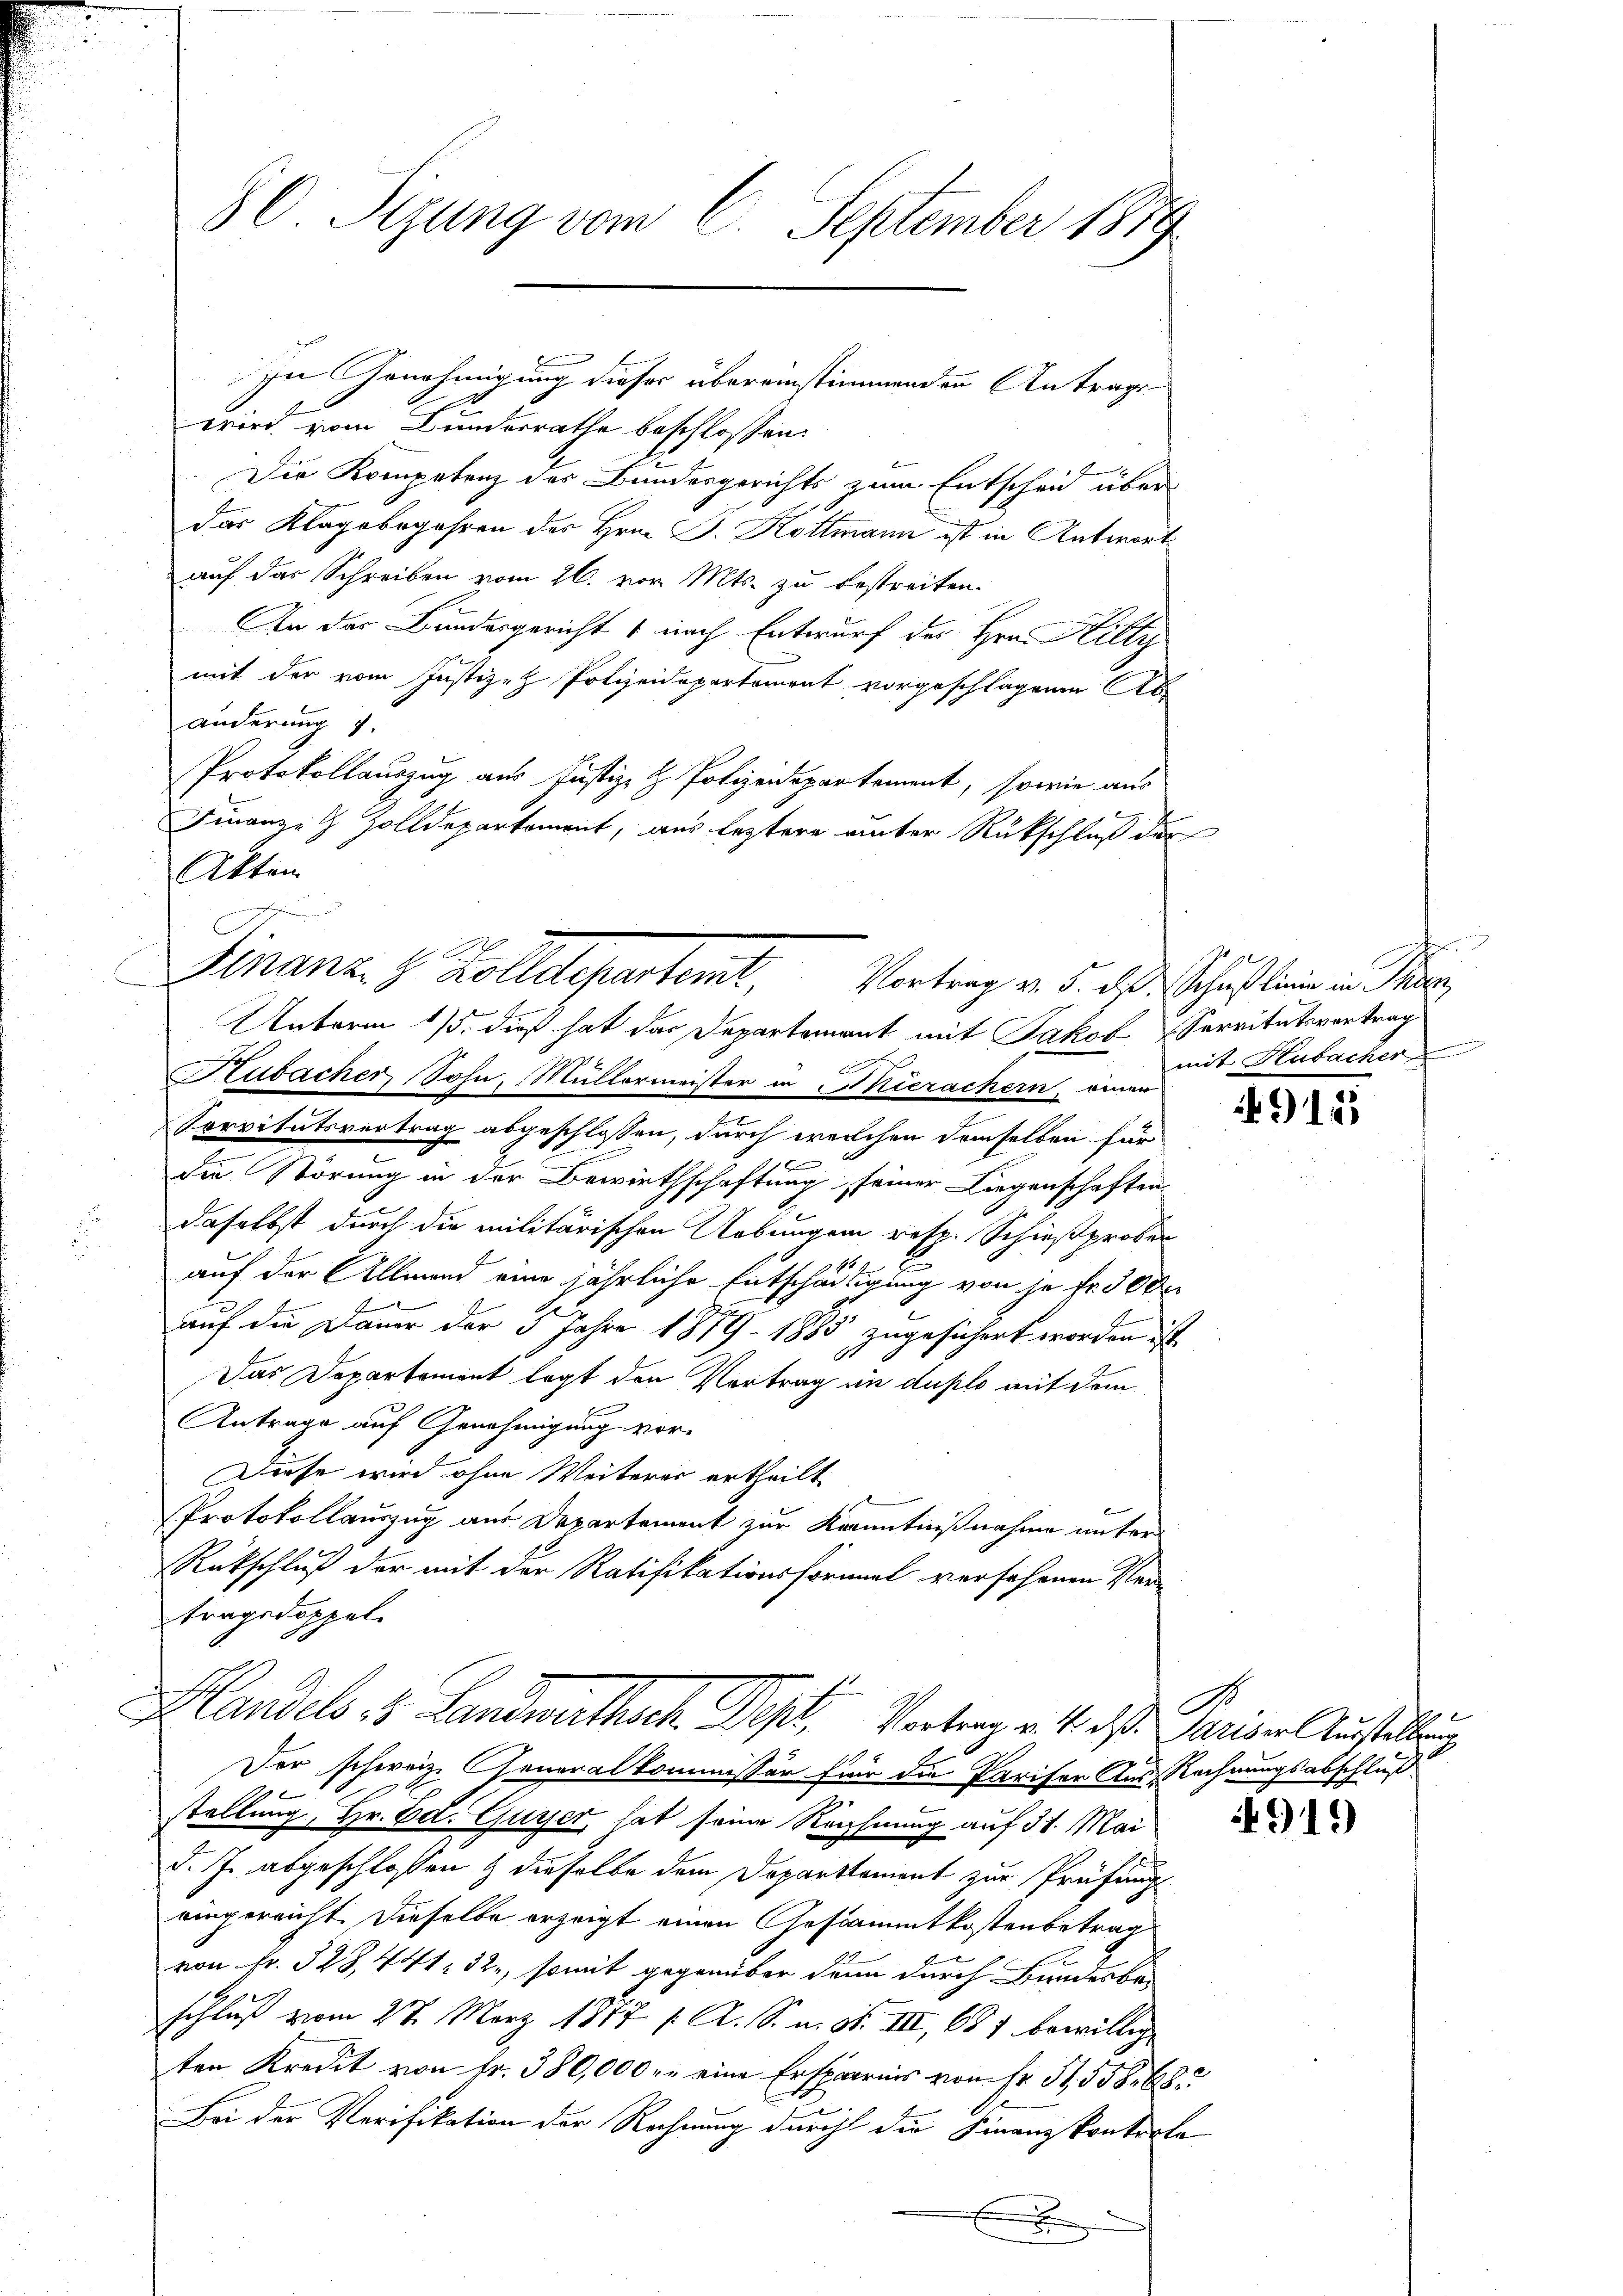
80. Sizung vom 6. September 1879

wird vom Bunderrathe beschlossen:
2
Die Kompetenz des Bundesgerichts zum Entscheid über
das Klagebogahren des Hrn. J. Kottmann ist in Antwort
auf das Schreiben vom 26. von Mts. zu bestreiten.
An der Bundesgericht 1 nach Entwurf des Hrn. Hilty
mit der vom Justiz- & Polizeidepartement vorgeschlagenen Ab
änderung 7.
Protokollauszug aus Justiz- & Polizeidepartement, sowie aus
Finanze Zolldepartement, aus leztere unter Rückschluß der
Akten
a
Rubacher Sohn, Müllermeister in hierachern, einer
Servitätsvortrag abgeschlossen, durch welchen demselben für
die Störung in der Bewirthschaftung seiner Liegenschaften.
daselbst durch die militärischen Uebungen resp. Schießprober
auf der Allmend eine jährliche Entschädigung von je fr. 300
auf die Dauer der 5 Jahre 1879 - 1885 zugesichert worden ist.
Das Departement legt den Vertrag im duplo mit dem
Antrage auf Genehmigung vor-
Diese wird ohne Weiteres ertheilt.
Protokollauszug aus Departement zur Kenntnißnahme unter¬
Rückschluß der mit der Ratifikationsformal versehenen Ver
tragsdoppel.
Handels 8. Landwirthsch. Des Vertrag v. 4. ds. Pariser zustellung
Der schweiz. Generalkommissär für die Pariser Aus-Rechnungsabschluß
stellung, Hr. Ed. Gusser hat seine Reichnung auf 31. Mai
d. J. abgeschlossen & dieselbe dem Departement zur Prüfung
eingereicht. Dieselbe erzeigt einen Gestammtkostenbetrag
20
von Fr. 328, 441. 32, somit gegenüber denn durch Bundeste
schluß vom 27. März 1877 f. A. S. m. S. III 681 bewillig
ten Kredit von fr. 380,000 r. eine Ersparnis von Fr. S. 558. 68
Bei der Verifikation der Rechnung durch die Finanzkontrete
x

In Genehmigung dieser übereinstimmenden Antrage

Finanz. 8. Kollelesentent.
Vortrag v. 5. ds. Schußlinie in Be
e
Unterm 15. dieß hat das Departement mit Jakob Servitutsvertrag

mit Hubacher

915

919)